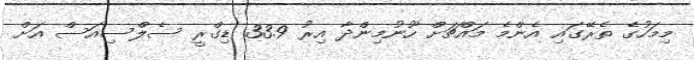
މިމަހުގެ ތެރޭގައި އެންމެ މައްޗަށް ހޫނުމިންދާ އިރު 33.9 ޑިގްރީ ސެލްސިއަސް އަށް